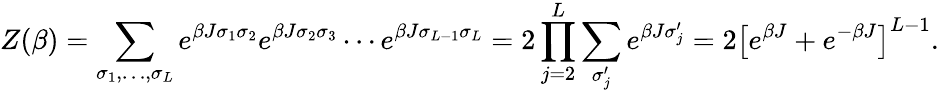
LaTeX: Z(\beta)=\sum_{\sigma_{1},\ldots,\sigma_{L}}e^{\beta J\sigma_{1}\sigma_{2}}e^{\beta J\sigma_{2}\sigma_{3}}\cdots e^{\beta J\sigma_{L-1}\sigma_{L}}=2\prod_{j=2}^{L}\sum_{\sigma_{j}^{\prime}}e^{\beta J\sigma_{j}^{\prime}}=2\left[e^{\beta J}+e^{-\beta J}\right]^{L-1}.